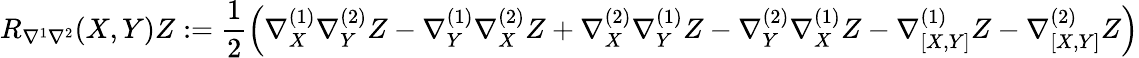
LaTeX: R_{\nabla^{1}\nabla^{2}}(X,Y)Z:=\frac{1}{2}\Big(\nabla_{X}^{(1)}\nabla_{Y}^{(2)}Z-\nabla_{Y}^{(1)}\nabla_{X}^{(2)}Z+\nabla_{X}^{(2)}\nabla_{Y}^{(1)}Z-\nabla_{Y}^{(2)}\nabla_{X}^{(1)}Z-\nabla_{[X,Y]}^{(1)}Z-\nabla_{[X,Y]}^{(2)}Z\Big)